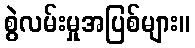
စွဲလမ်းမှုအပြစ်များ။